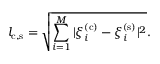
l _ { \mathrm { c } , \mathrm { s } } = \sqrt { \sum _ { i = 1 } ^ { M } | \xi _ { i } ^ { ( \mathrm { c } ) } - \xi _ { i } ^ { ( \mathrm { s } ) } | ^ { 2 } } .